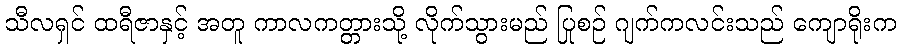
သီလရှင် ထရီဇာနှင့် အတူ ကာလကတ္တားသို့ လိုက်သွားမည် ပြုစဉ် ဂျက်ကလင်းသည် ကျောရိုးက